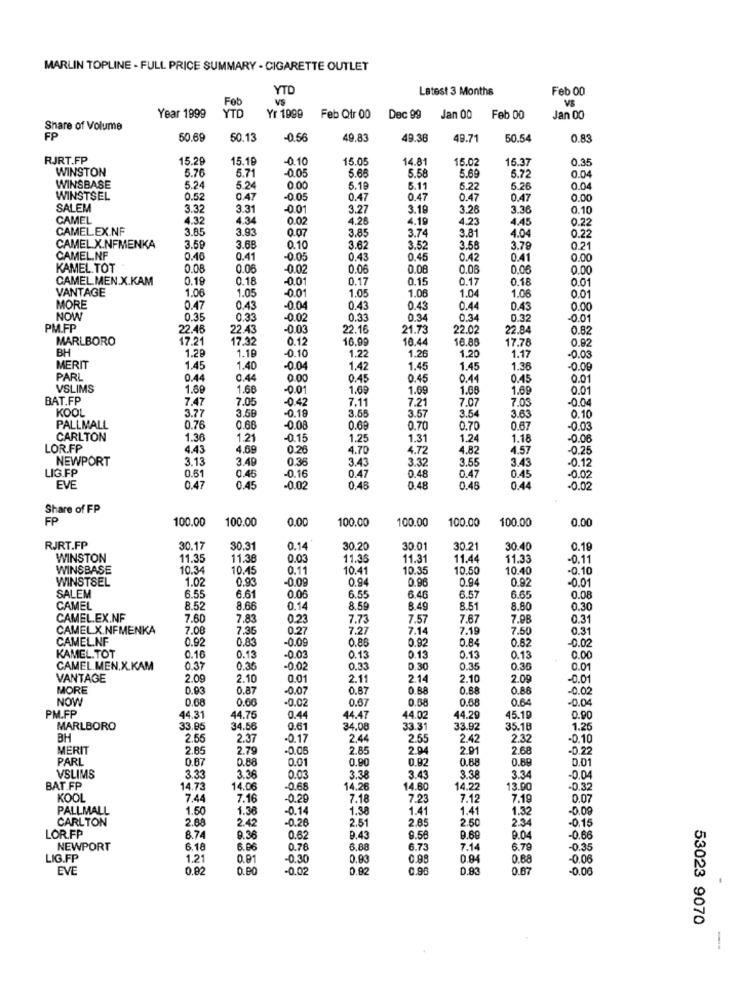
MARLIN TOPLINE - FULL PRICE SUMMARY - CIGARETTE OUTLET
YTO
Latest 3 Months
Feb 00
Feb
VS
VS
YT
Year 1999
Yr 1999
Feb Qtr 00
Dec 99
Jan 00
Feb 00
Jan 00
Share of Volume
FP
50.69
50.13
-0.56
49.83
49.36
49.71
50.54
0.83
RJRT.FP
15.29
15.19
-0.10
15.0
14.81
15.02
15.37
0.35
WINSTON
5.76
5.71
5.68
5.58
5.69
0.04
6.72
WINSBASE
5.24
5.24
0.00
5.16
5.11
5.22
6.26
0.04
WINSTSEL
0.52
0.47
-0.05
0.47
0.47
0.47
0.47
0.00
SALEM
3.32
3.31
-0.01
3.27
3.19
3.26
3.36
0.10
CAMEL
4.32
4.34
0.02
4.26
4.19
4.23
4.45
0.22
CAMEL.EX.NF
3.85
3.93
0.07
3.85
3.74
3.81
4.04
0.22
CAMEL X.NFMENKA
3.59
3.6
0.10
3.62
3.52
3.58
3.79
0.21
CAMEL.NF
0.40
0.41
-0.05
0.43
0.45
0.42
0.41
0.00
KAMEL.TOT
0.08
0.06
-0.02
0.06
0.08
0.06
0.06
0.00
CAMEL. MEN.X.KAM
0.19
0.18
-0.01
0.17
0.15
0.17
0.18
0.01
VANTAGE
1.06
1.05
-0.01
1.05
1.06
1.04
1.06
0.01
MORE
0.47
0.43
-00
0.43
0.43
0.44
0.43
0.00
NOW
0.35
0.33
00
0.33
0.34
0.34
0.32
-0.01
PM.FP
22.48
22.43
-0.03
22.16
21.73
22.02
22.84
0.82
MARLBORO
17.21
17.32
0.12
16.99
10.44
16.88
17.78
0.92
BH
1.29
-0.10
1.20
1.19
1.22
1.26
1.17
-0.03
MERIT
1.45
1.40
-0.04
1.42
1.45
1.45
1.36
-0.00
PARL
0.44
0.44
0
0.45
0.45
0.44
0.45
0.01
VSLIMS
1.69
1.68
-0.01
1.69
1.69
1.68
1.69
0.01
BAT.FP
7.47
7.05
-0.42
7.11
7.21
7.07
7.03
-0.04
KOOL
3.77
3.55
3.54
3.63
3.50
-0.19
3.57
0.10
PALLMALL
0.76
0.68
-0.08
0.68
0.70
0.70
0.67
-0.03
CARLTON
1.36
1.21
-0.15
1.25
1.31
1.24
1.18
-0.06
LOR.FP
4.43
4.69
0.26
4.70
4.72
4.82
4.57
-0.25
NEWPORT
3.13
3.49
0.35
3.43
3.32
3.55
3.43
-0.12
LIG.FP
0.47
0.47
0.45
0.61
0.45
-0.16
0.48
-0.02
EVE
0.47
0.45
-0.0
0.45
0.48
0.46
0.44
-0.02
Share of FP
FP
100.00
100.00
0.00
100.00
100.00
100.00
100.00
0.00
RJRT.FP
30.17
30.31
0.14
30.20
30.01
30.2
30.40
0.18
WINSTON
11.35
11.38
0.03
11.38
11.3
11.44
11.33
-0.11
WINSBASE
10.3
10.45
0.11
10.41
10.35
10.50
10.40
-0.10
WINSTSEL
1.02
0.93
-0.09
0.94
0.96
0.94
0.92
SALEM
6.6.
-0.01
6.55
6.61
0.06
6.55
6.46
6.57
0.08
CAMEL
8.52
8.66
0.14
8.5
8.49
8.51
8.80
0.30
CAMEL.EX.NF
7.60
7.83
0.2
7.73
7.57
7.67
7.98
0.31
CAMELX.NFMENKA
7.08
7.36
0.27
7.27
7.14
7.19
7.50
0.31
CAMEL.NF
0.92
0.83
-0.09
0.86
0.92
0.84
0.85
-0.02
KAMEL.TOT
0.16
0.13
-0.03
0.13
0.13
0.13
0.13
0.00
CAMEL.MEN.X.KAM
0.37
0.35
-0.02
0.33
0.30
0.35
0.36
0.01
VANTAGE
2.09
2.10
0.01
2.1
2.14
2.10
2.00
-0.01
MORE
0.93
0.87
-0.07
0.87
0.88
0.68
0.88
-0.02
NOW
0.68
0.00
-0.02
0.67
0.68
0.68
0.64
-0.04
PM.FP
44.31
14.75
0.44
44.47
44.02
44.29
45.19
0.90
MARLBORO
33.85
34.56
0.61
34.08
33.31
33.92
35.18
1.26
ВН
2.55
2.37
-0.17
2.44
2.55
2.42
2.32
-0.10
MERIT
2.85
2.79
-0.05
2.85
2.04
2.01
2.68
-0.22
PARL
0.87
0.88
0.01
0.90
0.92
0.68
0.89
0.01
VSLIMS
3.38
3.33
3.36
0.03
3.38
3.43
3.34
-0.04
BAT.FP
14.73
14.06
-0.68
14.26
14.60
14.22
13.90
-0.32
KOOL
7.44
7.16
-0.29
7.18
7.23
7.12
7.19
0.07
PALLMALL
1.50
1.36
-0.14
1.38
1.41
1.41
1.32
-0.09
CARLTON
2.88
2.42
0.26
2.51
2.85
2.50
2.34
-0.15
LOR.FP
8.74
9.36
0.62
9.43
9.58
9.69
-0.66
NEWPORT
6.18
6.06
0.78
6.88
6.73
7.14
6.79
-0.35
LIG.FP
1.21
0.91
-0.30
0.8
0.95
0.84
0.68
-0.06
EVE
0.82
0.80
0.02
0.90
0.83
0.67
-0.00
53023 9070
-